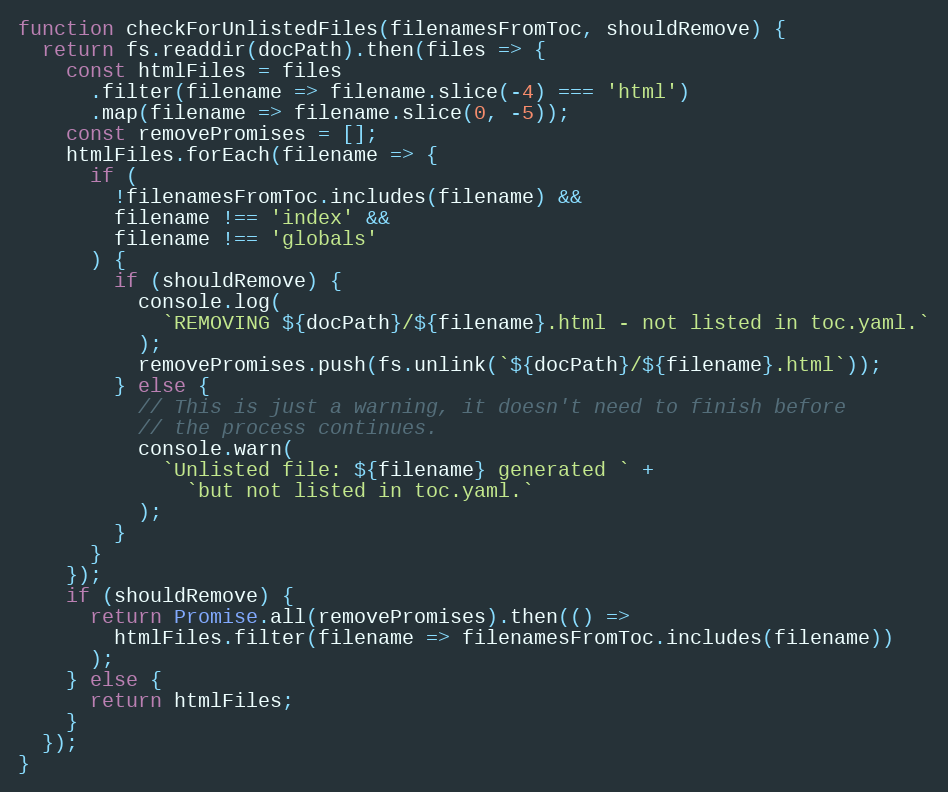
Language: JavaScript
function checkForUnlistedFiles(filenamesFromToc, shouldRemove) {
  return fs.readdir(docPath).then(files => {
    const htmlFiles = files
      .filter(filename => filename.slice(-4) === 'html')
      .map(filename => filename.slice(0, -5));
    const removePromises = [];
    htmlFiles.forEach(filename => {
      if (
        !filenamesFromToc.includes(filename) &&
        filename !== 'index' &&
        filename !== 'globals'
      ) {
        if (shouldRemove) {
          console.log(
            `REMOVING ${docPath}/${filename}.html - not listed in toc.yaml.`
          );
          removePromises.push(fs.unlink(`${docPath}/${filename}.html`));
        } else {
          // This is just a warning, it doesn't need to finish before
          // the process continues.
          console.warn(
            `Unlisted file: ${filename} generated ` +
              `but not listed in toc.yaml.`
          );
        }
      }
    });
    if (shouldRemove) {
      return Promise.all(removePromises).then(() =>
        htmlFiles.filter(filename => filenamesFromToc.includes(filename))
      );
    } else {
      return htmlFiles;
    }
  });
}